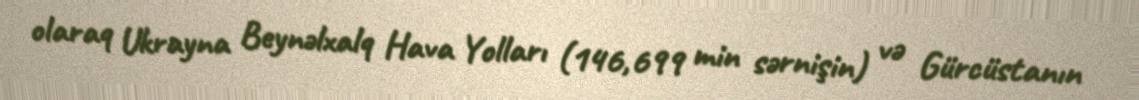
olaraq Ukrayna Beynəlxalq Hava Yolları (146,699 min sərnişin) və Gürcüstanın